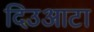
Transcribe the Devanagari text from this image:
दिउआटा